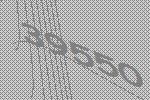
39550